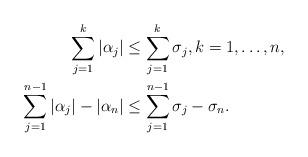
LaTeX: \begin{align*}\sum_{j= 1}^k |\alpha_j| &\leq \sum_{j = 1}^k \sigma_j, k = 1,\ldots,n,\ \\\sum_{j=1}^{n-1} |\alpha_j| - |\alpha_n| &\leq \sum_{j = 1}^{n-1} \sigma_j - \sigma_n. \end{align*}